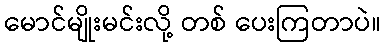
မောင်မျိုးမင်းလို့ တစ် ပေးကြတာပဲ။